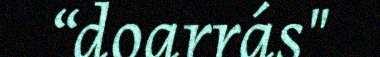
“doarrás"